Maemoisa_(Sinalepa)_vallavalitsus, lk 40
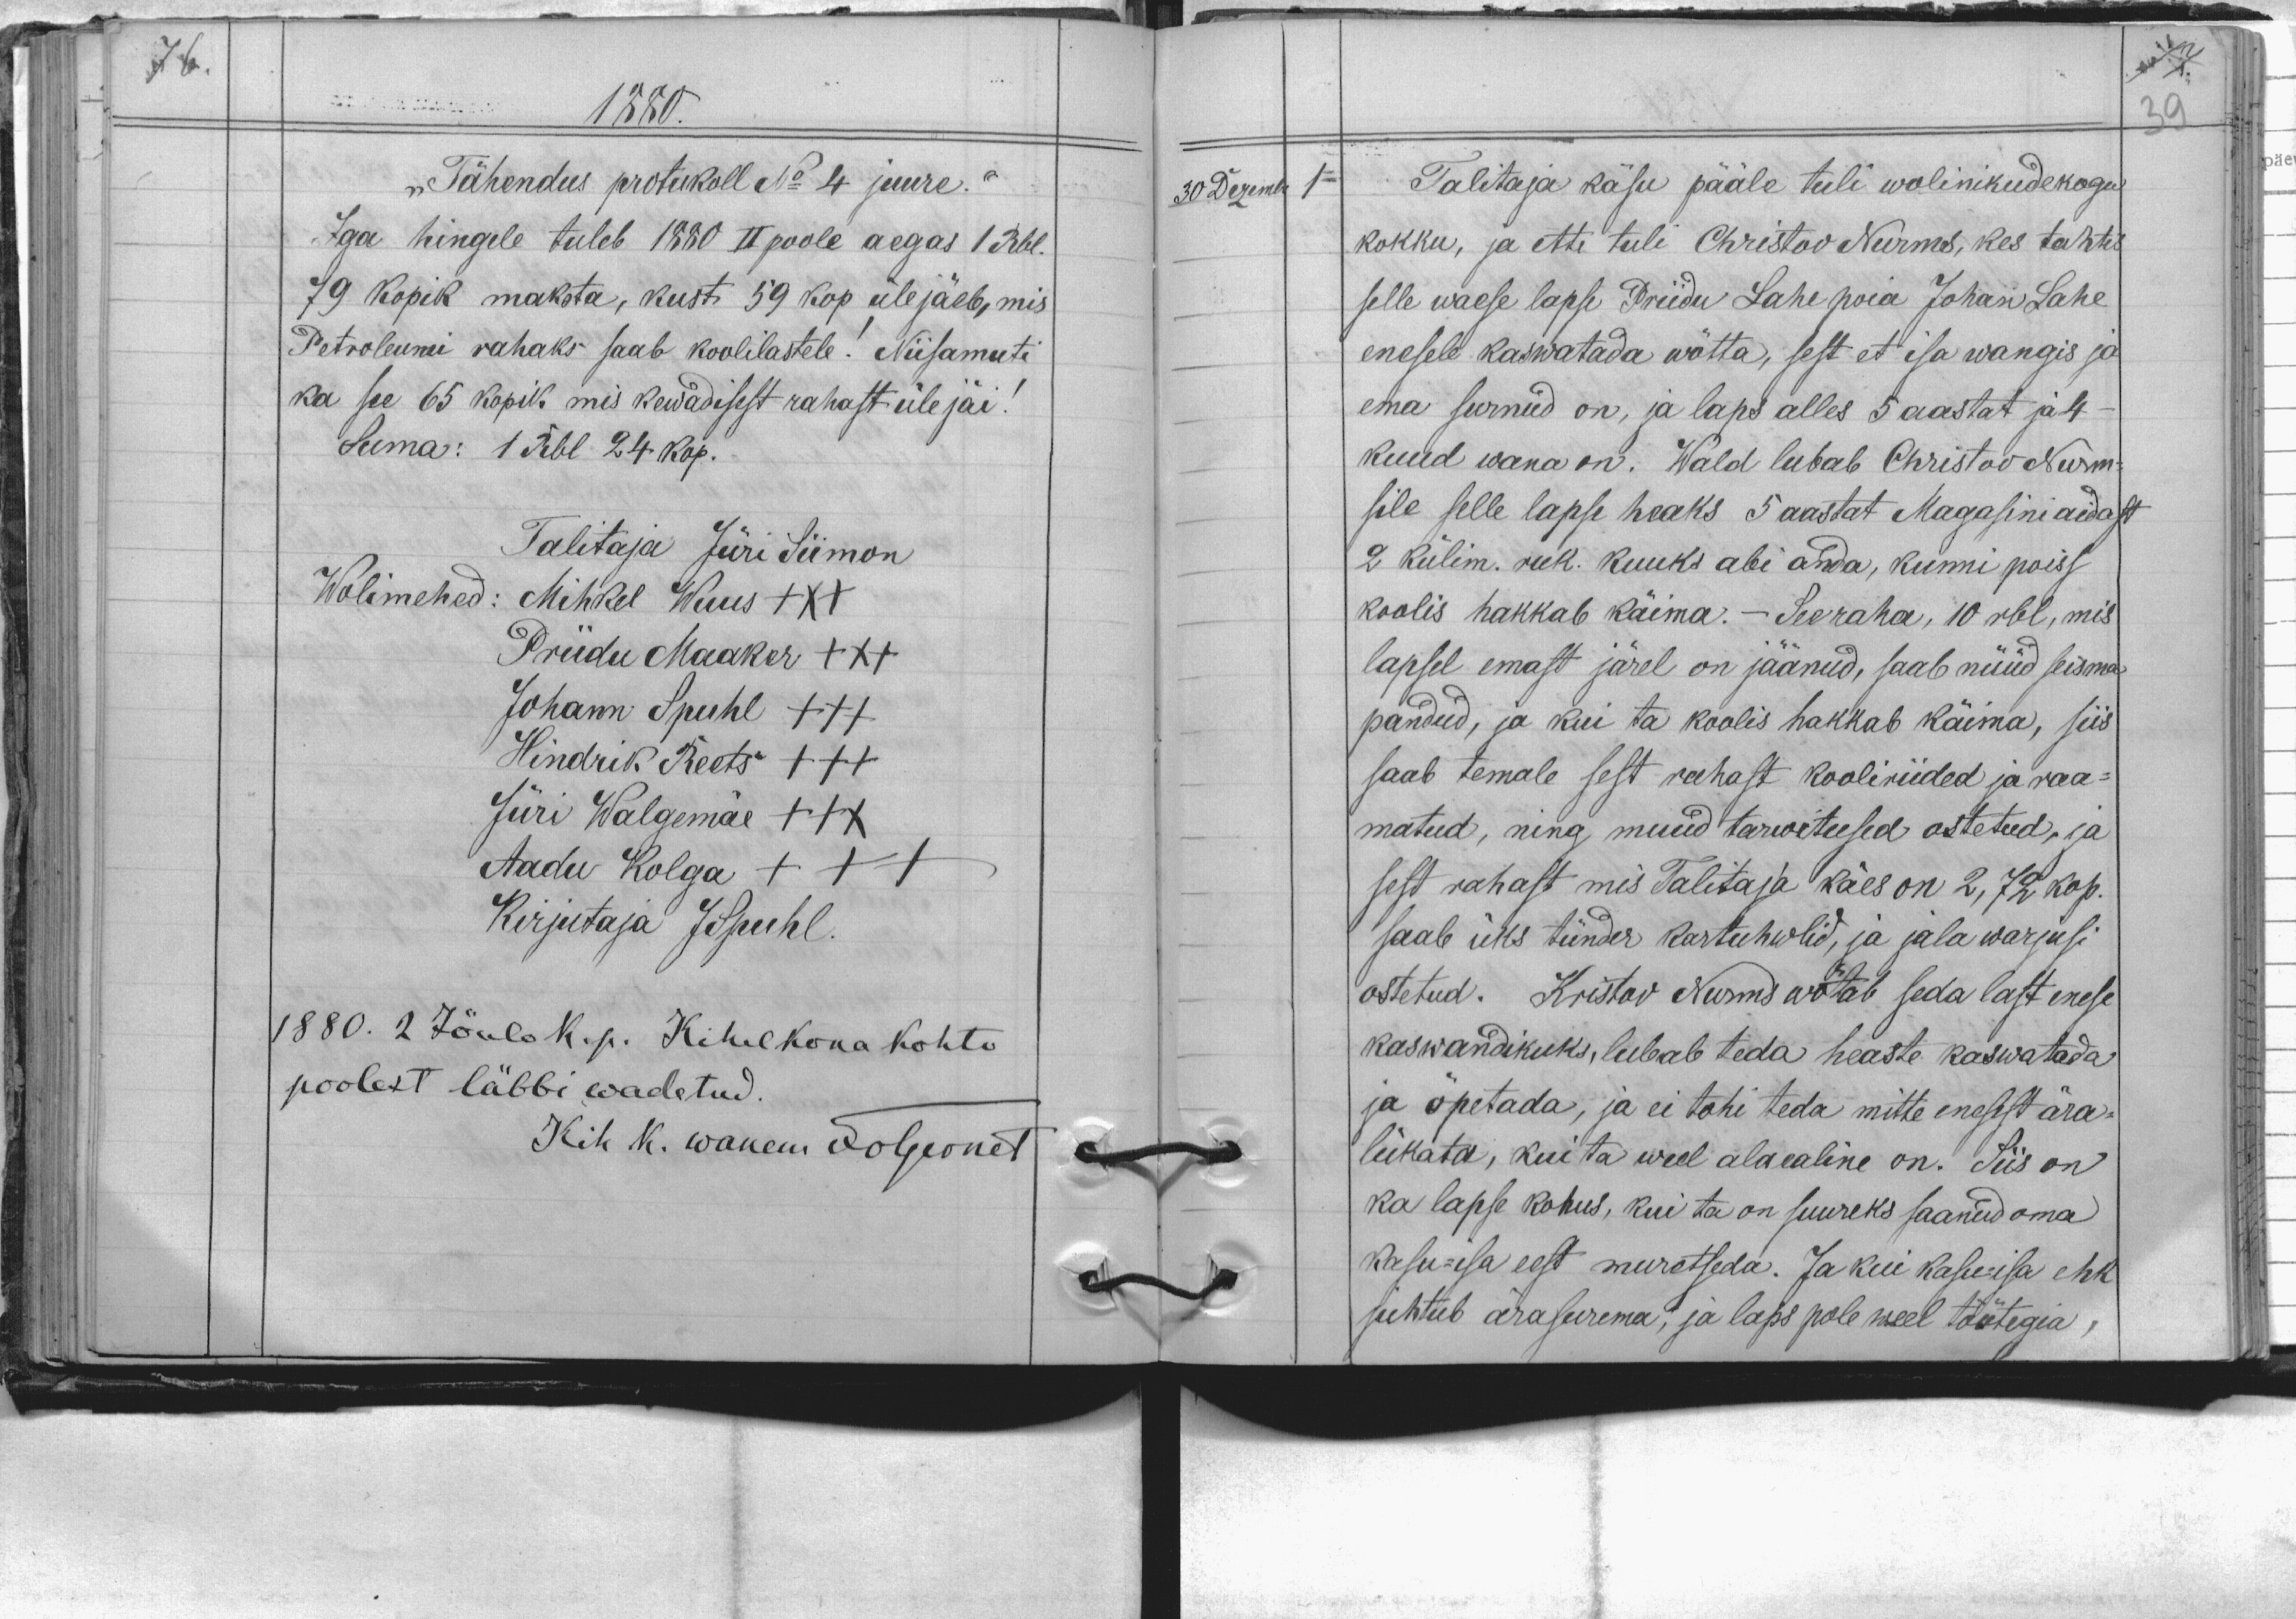
1880.
"Tähendus protukoll No 4 juure.“
Iga hingele tuleb 1880 II poole aegas 1 Rbl.
79 kopik maksta, kust 59 kop üle jäeb, mis
Petroleumi rahaks saab koolilastele! Niisamuti
ka see 65 kopik mis kewadisest rahast üle jäi!
Suma: 1 Rbl 24 kop.
Talitaja Jüri Siimon
Wolimehed: Mihkel Wuus XXX
Priidu Maaker XXX
Johann Spuhl XXX
Hindrik Reets XXX
Jüri Walgemäe XXX
Aadu Kolga XXX
Kirjutaja JSpuhl
1880. 2 Jõulo k.p. Kihelkona kohto
poolest läbbi wadetud.
Kih. K. wanem JvGernet

30 Dezembr
1.
Talitaja käsu pääle tuli wolinikudekogu
kokku, ja ette tuli Christov Nurms, kes tahtis
selle waese lapse Priidu Lahe poia Johan Lahe
enesele kaswatada wõtta, sest et isa wangis ja
ema surnud on, ja laps alles 5 aastat ja 4
kuud wana on. Wald lubab Christov Nurm-
sile selle lapse heaks 5 aastat Magasini aidast
2 külim. ruk. kuuks abi anda, kunni poiss
koolis hakkab käima. – See raha, 10 rbl, mis
lapsel emast järel on jäänud, saab nüüd seisma-
pandud, ja kui ta koolis hakkab käima, siis
saab temale sest rahast kooliriided ja raa-
matud, ning muud tarwitused ostetud, ja
sest rahast mis Talitaja käes on 2,72 kop.
saab üks tünder kartuhwlid, ja jala warjusi
ostetud. Kristov Nurms wõtab seda last enese
kaswandikuks, lubab teda heaste kaswatada
ja õpetada, ja ei tohi teda mitte enesest ära-
lükata, kui ta weel alaealine on. Siis on
ka lapse kohus, kui ta on suureks saanud oma
kasu-isa eest muretseda. Ja kui kasu-isa ehk
juhtub ärasurema, ja laps pole weel töötegia,